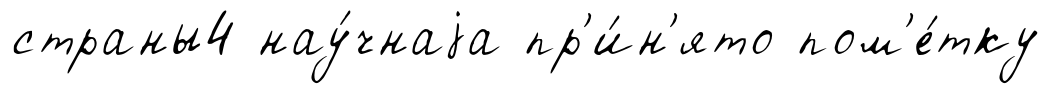
страны4 нау́чнаjа пр'и́н'ято пом'е́тку